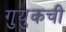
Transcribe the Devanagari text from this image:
गुयुकची